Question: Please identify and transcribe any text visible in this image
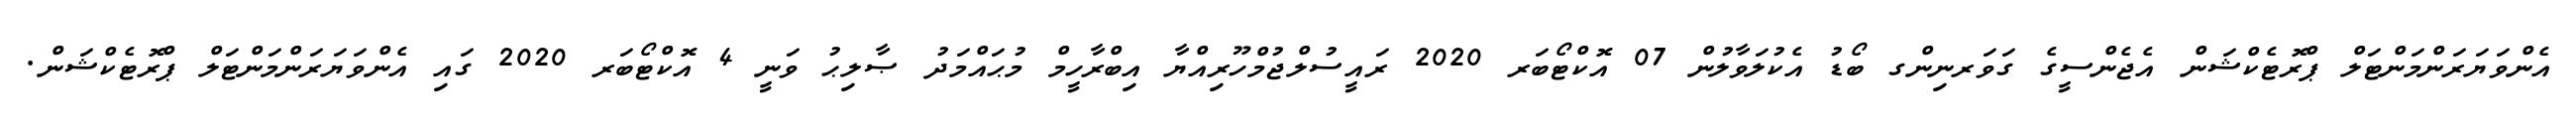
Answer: އެންވަޔަރަންމަންޓަލް ޕްރޮޓެކްޝަން އެޖެންސީގެ ގަވަރނިންގ ބޯޑު އެކުލަވާލުން 07 އޮކްޓޯބަރ 2020 ރައީސުލްޖުމްހޫރިއްޔާ އިބްރާހީމް މުޙައްމަދު ޞާލިޙު ވަނީ 4 އޮކްޓޯބަރ 2020 ގައި އެންވަޔަރަންމަންޓަލް ޕްރޮޓެކްޝަން.